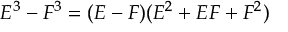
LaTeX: E ^ { 3 } - F ^ { 3 } = ( E - F ) ( E ^ { 2 } + E F + F ^ { 2 } )